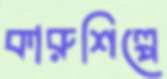
কারুশিল্পে